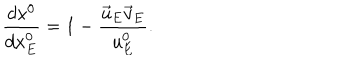
LaTeX: \frac { d x ^ { 0 } } { d x _ { E } ^ { 0 } } = 1 - \frac { \vec { u } _ { E } \vec { v } _ { E } } { u _ { E } ^ { 0 } } .